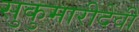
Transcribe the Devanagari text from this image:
सुकुमारीदेवी